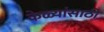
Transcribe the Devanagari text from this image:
केळ्यांसाठी